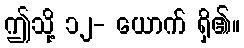
ဤသို့ ၁၂- ယောက် ရှိ၏။